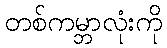
တစ်ကမ္ဘာလုံးကို